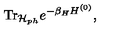
\mathrm { T r } _ { { \cal H } _ { p h } } e ^ { - \beta _ { H } H ^ { ( 0 ) } } ,